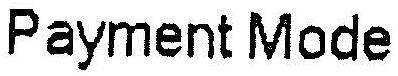
PAYMENT MODE